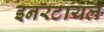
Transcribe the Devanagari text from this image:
इनरटायल